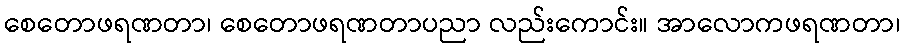
စေတောဖရဏတာ၊ စေတောဖရဏတာပညာ လည်းကောင်း။ အာလောကဖရဏတာ၊